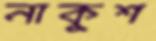
নাকুশ